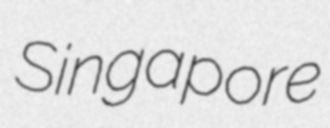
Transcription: Singapore